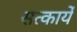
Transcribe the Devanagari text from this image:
सत्कार्ये